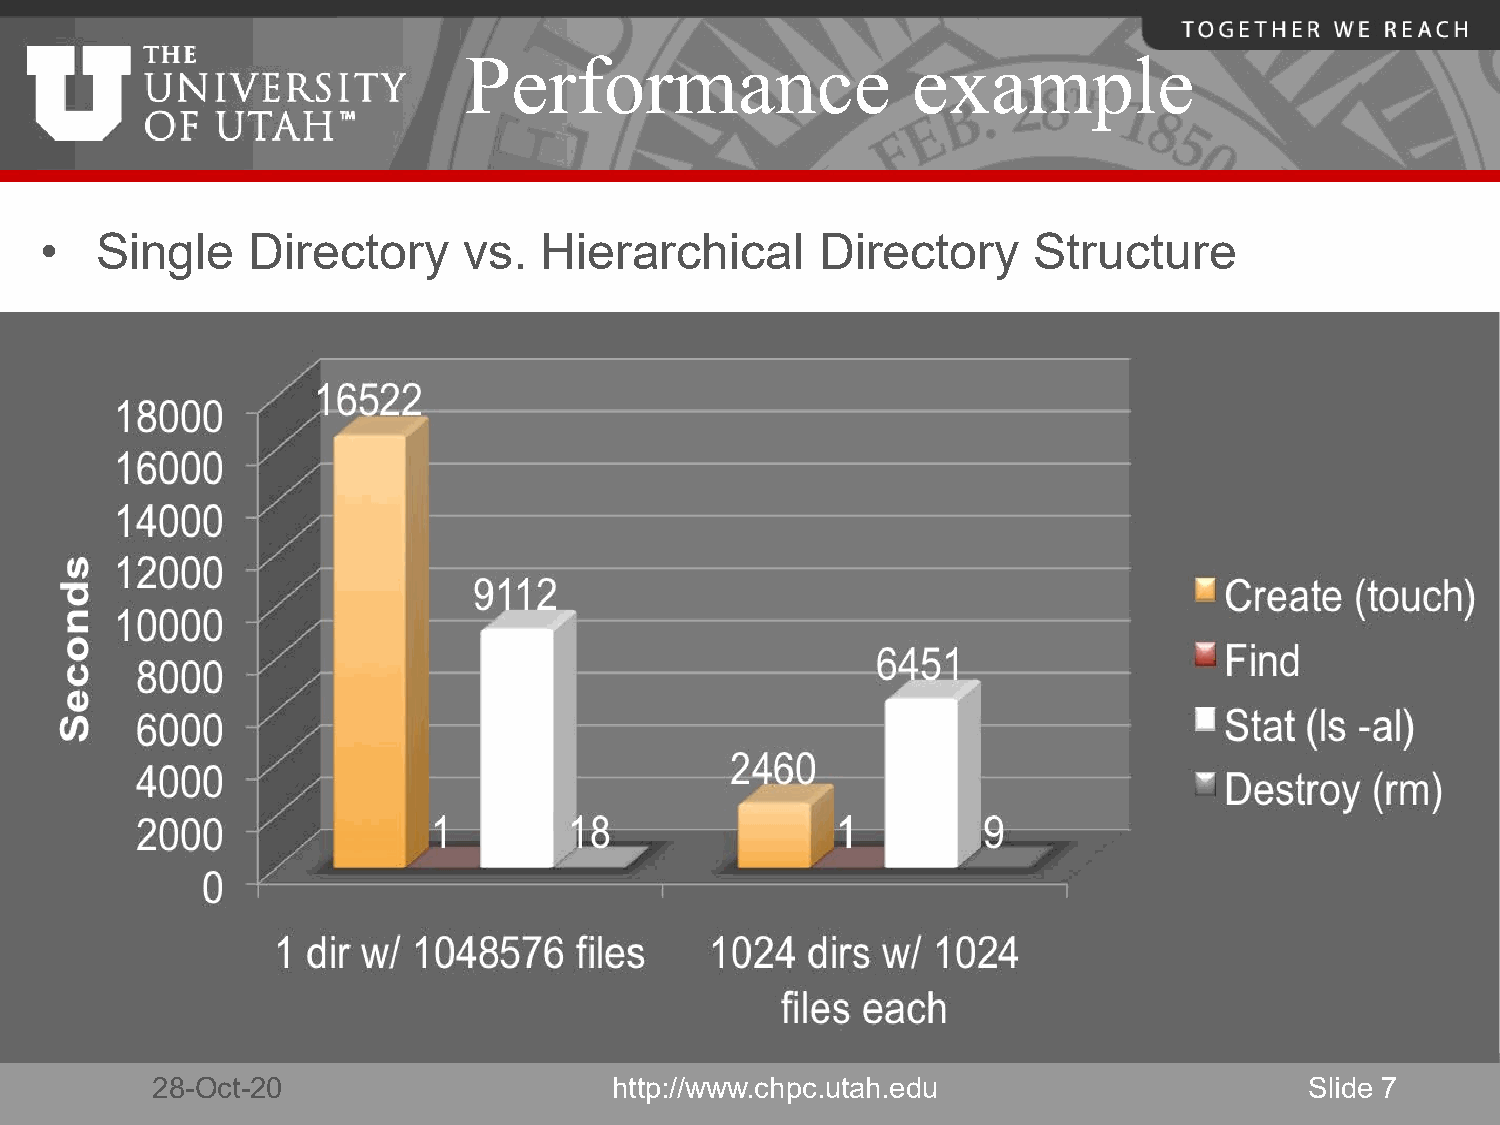
Performance                  example
 •  Single     Directory     vs.  Hierarchical      Directory     Structure
 4.3GB file
 28-Oct-20                      http://www.chpc.utah.edu                      Slide 7